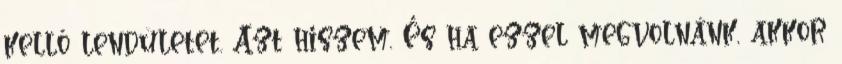
kellő lendületet. Azt hiszem. És ha ezzel megvolnánk, akkor